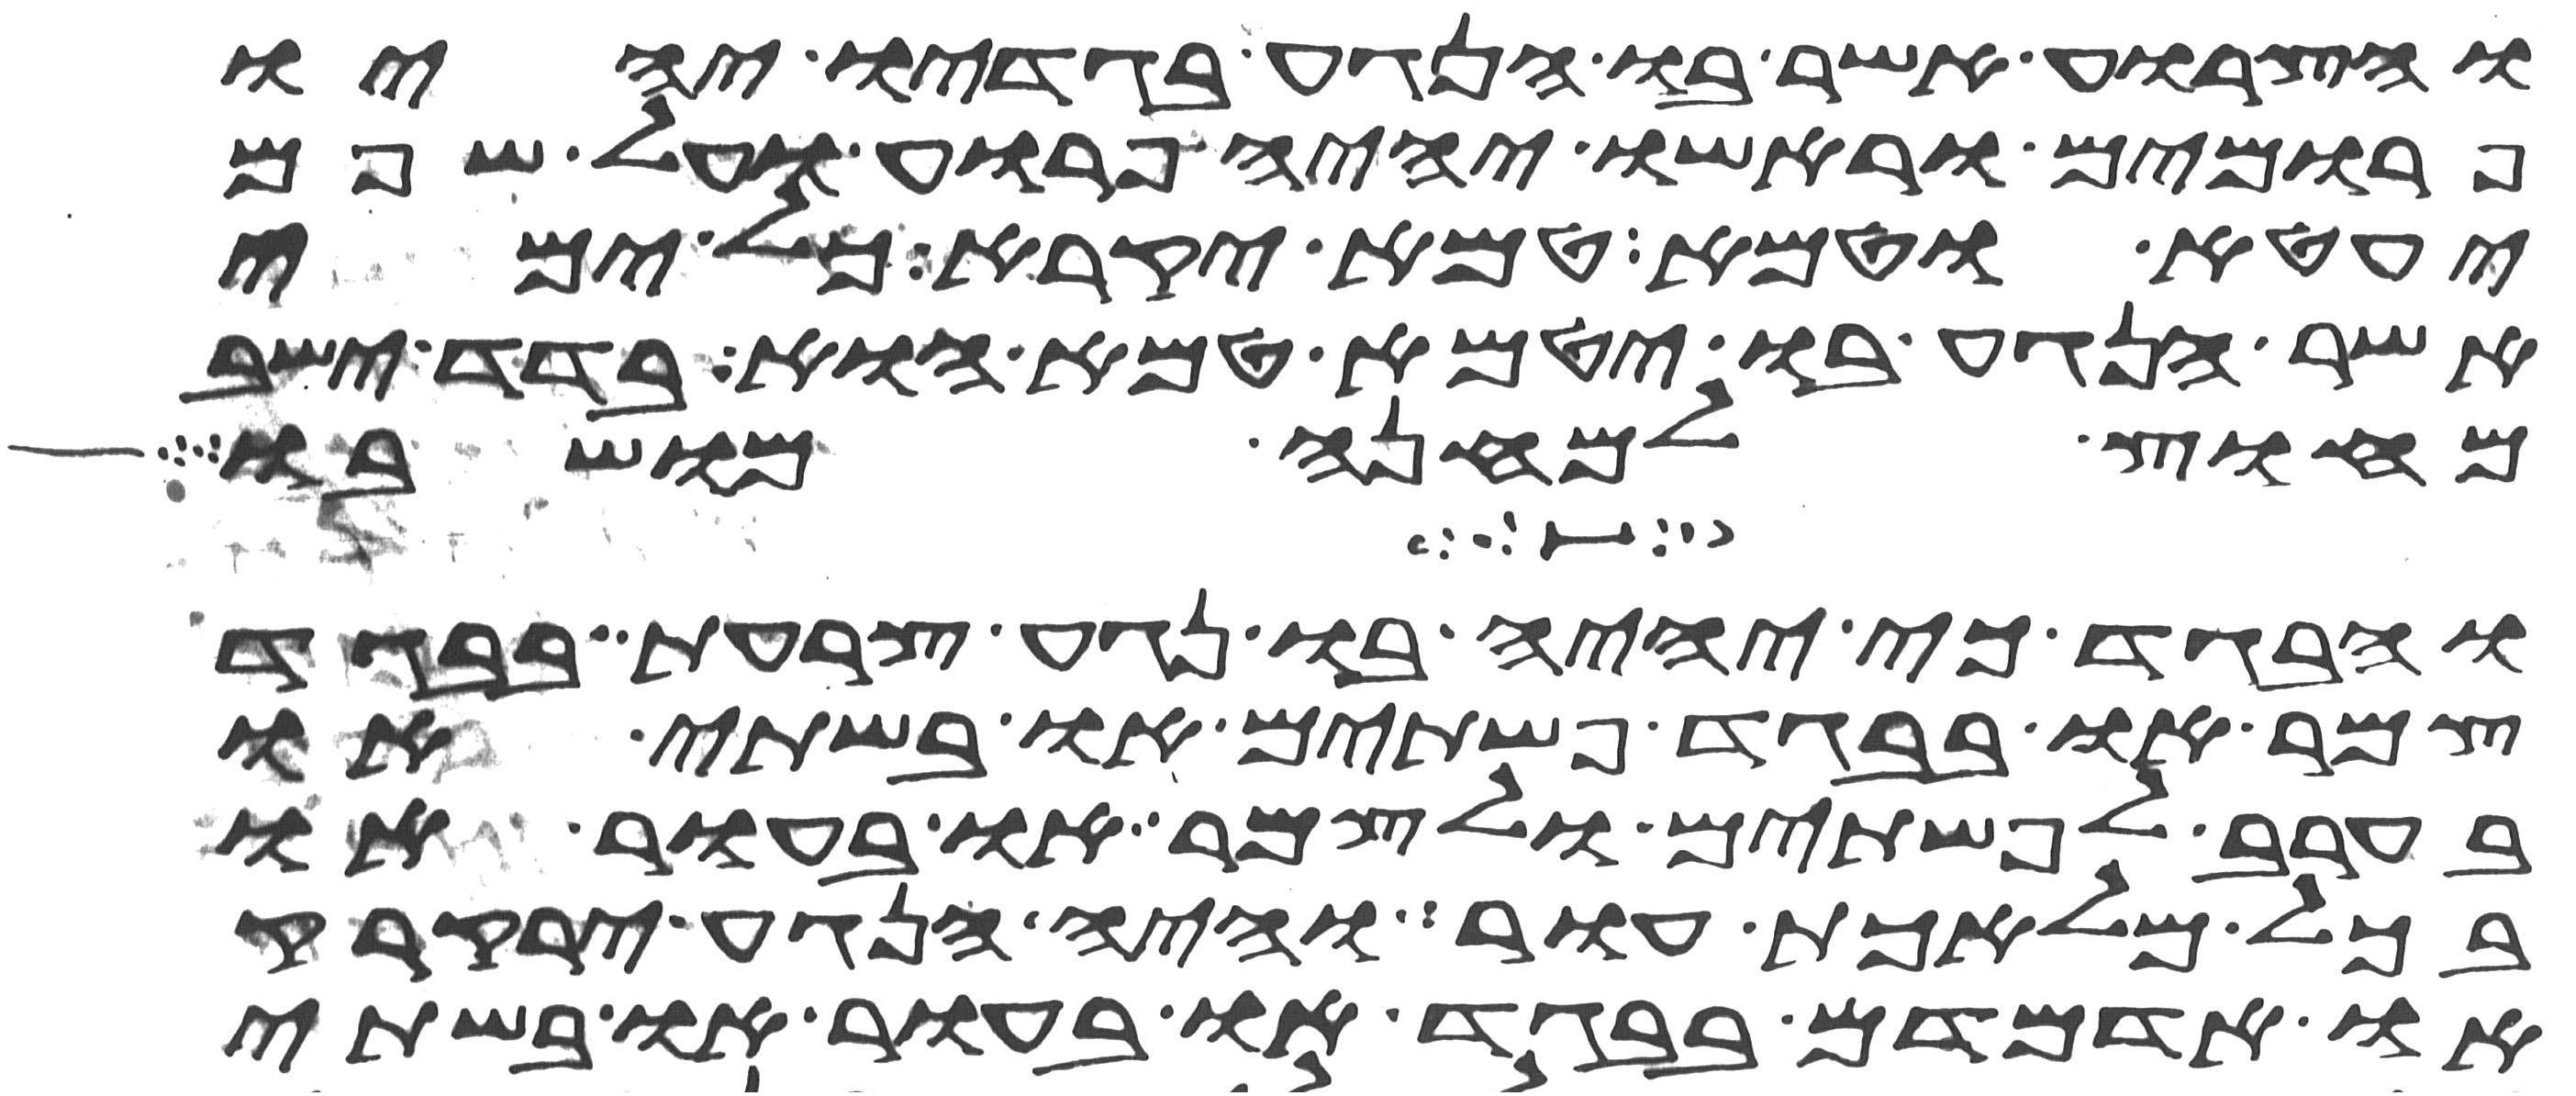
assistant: והצרוע אשר בו הנגע בגדיו יהיו
פרומים וראשו יהיה פרוע ועל שפם
יעטא וטמא טמא יקרא כל ימי
אשר הנגע בו יטמא טמא הוא בדד ישב
מחוץ למחנה מושבו
והבגד כי יהיה בו נגע צרעת בבגד
צמר או בבגד פשתים או בשתי או
בערב לפשתים ולצמר או בעור או
בכל מלאכת עור והיה הנגע ירקרק
או אדמדם בבגד או בעור או בשתי